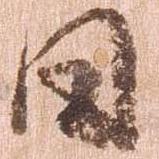
日